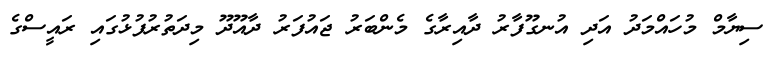
ސިޔާމް މުހައްމަދު އަދި އުނގޫފާރު ދާއިރާގެ މެންބަރު ޖައުފަރު ދާއޫދޫ މިދަތުރުފުޅުގައި ރައީސްގެ